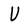
Character: U